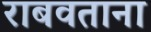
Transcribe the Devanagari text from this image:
राबवताना